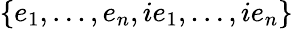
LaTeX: \{ e_{1},\ldots,e_{n},ie_{1},\ldots,ie_{n}\}